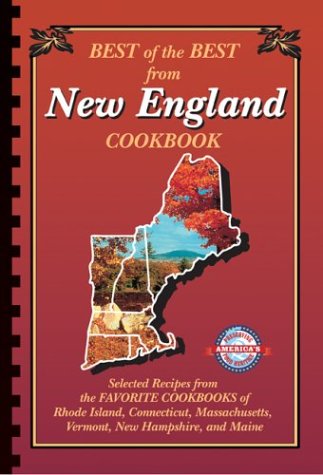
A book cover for Best of the Best from New England; Quail Ridge Press; Cookbooks, Food & Wine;